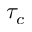
\tau _ { c }